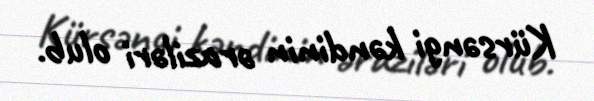
Kürsəngi kəndinin əraziləri olub.